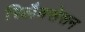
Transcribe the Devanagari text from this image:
रिलैक्सेसन